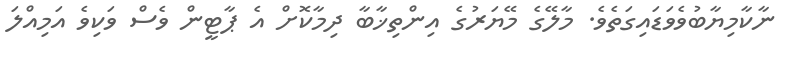
ނާކާމިޔާބުވެވަޑައިގަތެވެ. މާލޭގެ މޭޔަރުގެ އިންތިޚާބާ ދިމާކޮށް އެ ޕާޓީން ވެސް ވަކިވެ އަމިއްލަ